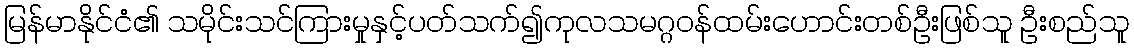
မြန်မာနိုင်ငံ၏ သမိုင်းသင်ကြားမှုနှင့်ပတ်သက်၍ကုလသမဂ္ဂဝန်ထမ်းဟောင်းတစ်ဦးဖြစ်သူ ဦးစည်သူ